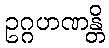
ဥဂ္ဂဟဏန္တိ